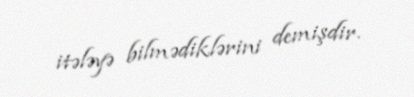
itələyə bilmədiklərini demişdir.